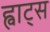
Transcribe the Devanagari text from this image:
ह्वाट्‍स